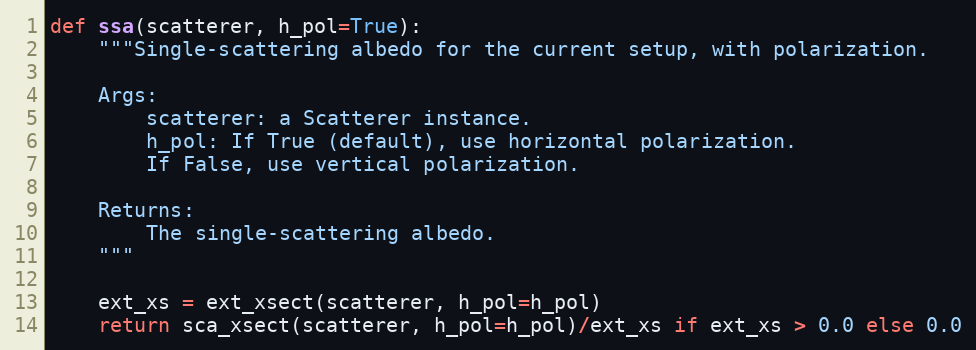
Language: Python
def ssa(scatterer, h_pol=True):
    """Single-scattering albedo for the current setup, with polarization.

    Args:
        scatterer: a Scatterer instance.
        h_pol: If True (default), use horizontal polarization.
        If False, use vertical polarization.

    Returns:
        The single-scattering albedo.
    """

    ext_xs = ext_xsect(scatterer, h_pol=h_pol)
    return sca_xsect(scatterer, h_pol=h_pol)/ext_xs if ext_xs > 0.0 else 0.0